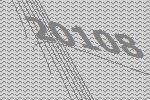
20108